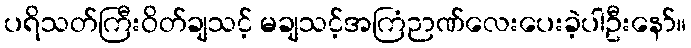
ပရိသတ်ကြီးဝိတ်ချသင့် မချသင့်အကြံဉာဏ်လေးပေးခဲ့ပါဦးနော်။